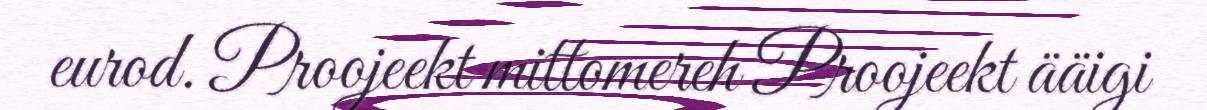
eurod. Proojeekt mittomereh Proojeekt ääigi